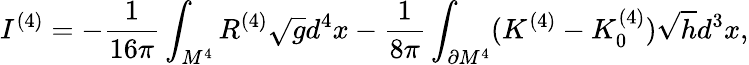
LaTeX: I^{(4)}=-{\frac{1}{16\pi}}\int_{M^{4}}^{}R^{(4)}\sqrt{g}d^{4}x-{\frac{1}{8\pi}}\int_{\partial M^{4}}^{}(K^{(4)}-K_{0}^{(4)})\sqrt{h}d^{3}x,